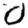
Digit: 0